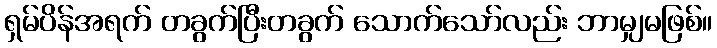
ရှမ်ပိန်အရက် တခွက်ပြီးတခွက် သောက်သော်လည်း ဘာမျှမဖြစ်။